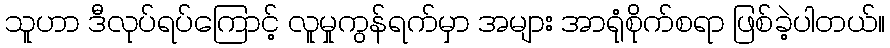
သူဟာ ဒီလုပ်ရပ်ကြောင့် လူမှုကွန်ရက်မှာ အများ အာရုံစိုက်စရာ ဖြစ်ခဲ့ပါတယ်။